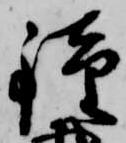
鐘